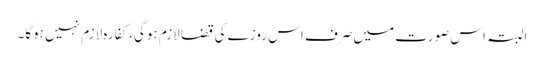
البتہ اس صورت میں صرف اس روزے کی قضا لازم ہوگی، کفارہ لازم نہیں ہوگا۔